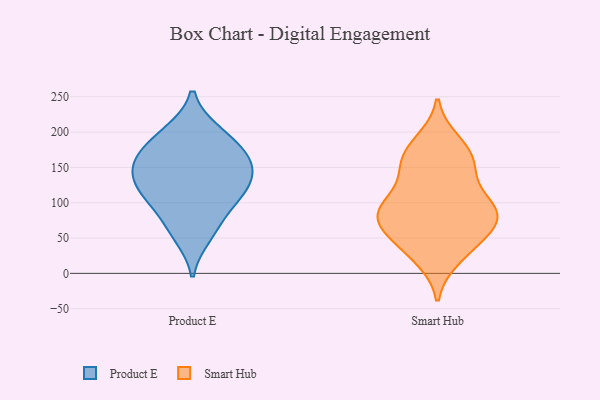
{"axis": {"x": "Net Income (USD K)", "y": "Value"}, "legend": ["Product E", "Smart Hub"], "data": [{"x": "", "y": 105, "type": "Product E"}, {"x": "", "y": 166, "type": "Product E"}, {"x": "", "y": 162, "type": "Product E"}, {"x": "", "y": 147, "type": "Product E"}, {"x": "", "y": 131, "type": "Product E"}, {"x": "", "y": 68, "type": "Product E"}, {"x": "", "y": 138, "type": "Product E"}, {"x": "", "y": 105, "type": "Product E"}, {"x": "", "y": 200, "type": "Product E"}, {"x": "", "y": 115, "type": "Product E"}, {"x": "", "y": 53, "type": "Product E"}, {"x": "", "y": 197, "type": "Product E"}, {"x": "", "y": 169, "type": "Product E"}, {"x": "", "y": 45, "type": "Smart Hub"}, {"x": "", "y": 27, "type": "Smart Hub"}, {"x": "", "y": 148, "type": "Smart Hub"}, {"x": "", "y": 176, "type": "Smart Hub"}, {"x": "", "y": 72, "type": "Smart Hub"}, {"x": "", "y": 91, "type": "Smart Hub"}, {"x": "", "y": 82, "type": "Smart Hub"}, {"x": "", "y": 58, "type": "Smart Hub"}, {"x": "", "y": 85, "type": "Smart Hub"}, {"x": "", "y": 86, "type": "Smart Hub"}, {"x": "", "y": 172, "type": "Smart Hub"}, {"x": "", "y": 148, "type": "Smart Hub"}, {"x": "", "y": 187, "type": "Smart Hub"}, {"x": "", "y": 114, "type": "Smart Hub"}, {"x": "", "y": 21, "type": "Smart Hub"}, {"x": "", "y": 56, "type": "Smart Hub"}, {"x": "", "y": 92, "type": "Smart Hub"}, {"x": "", "y": 93, "type": "Smart Hub"}, {"x": "", "y": 149, "type": "Smart Hub"}]}